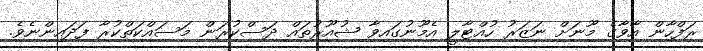
ރަފްހާން އާވާގެ މޫނަށް ނަޒަރު ހުއްޓާލީ އެމޫނުގައިވާ ޝުއޫރުތައް ދަސްކުރަން މަސައްކަތްކުރާ ފަދައިންނެވެ.